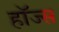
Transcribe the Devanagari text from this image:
हाॅज्स